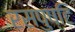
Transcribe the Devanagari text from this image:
रसपुष्टि